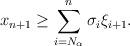
LaTeX: \begin{align*}x_{n+1}\ge \sum_{i=N_\alpha}^n\sigma_{i}\xi_{i+1}.\end{align*}